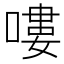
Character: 嘍